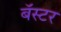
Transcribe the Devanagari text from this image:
बॅस्टर